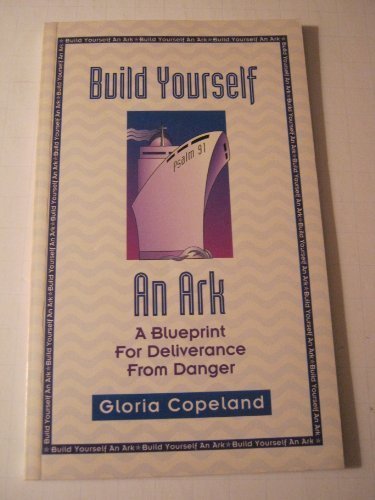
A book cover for Build Yourself an Ark; Gloria Copeland; Christian Books & Bibles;